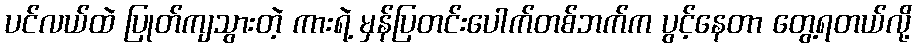
ပင်လယ်ထဲ ပြုတ်ကျသွားတဲ့ ကားရဲ့ မှန်ပြတင်းပေါက်တစ်ဘက်က ပွင့်နေတာ တွေ့ရတယ်လို့